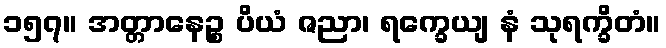
၁၅၇။ အတ္တာနေဉ္စ ပိယံ ဇညာ၊ ရက္ခေယျ နံ သုရက္ခိတံ။